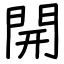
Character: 開